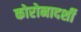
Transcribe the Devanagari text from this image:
कोरोनादर्शी